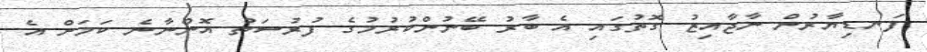
ފަނޑިޔާރުން ނާޖާއިޒު ގޮތުގައި އެ ބާރު ބޭނުންކުރުމުގެ ފުރުސަތު އޮންނާނެ ކަމަށް އެ